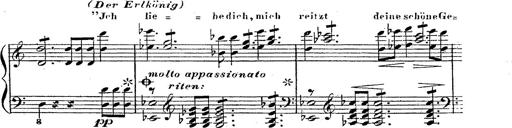
Title: 12 Lieder von Franz Schubert
Composer: Franz Liszt